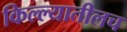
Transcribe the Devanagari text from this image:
किल्ल्यातीलच